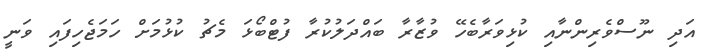
އަދި ނޫސްވެރިންނާއި ކުޅިވަރާބެހޭ ވުޒާރާ ބައްދަލުކުރާ ފުޓްބޯޅަ މެޗު ކުޅުމަށް ހަމަޖެހިފައި ވަނީ